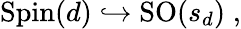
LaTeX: \mathrm{Spin}(d)\hookrightarrow\mathrm{SO}(s_{d})\; ,